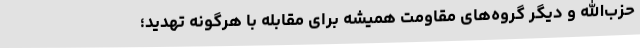
حزب‌الله و دیگر گروه‌های مقاومت همیشه برای مقابله با هرگونه تهدید؛